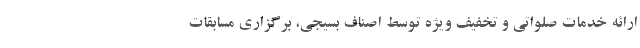
ارائه خدمات صلواتی و تخفیف ویژه توسط اصناف بسیجی، برگزاری مسابقات